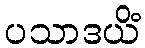
ပသာဒယိံ